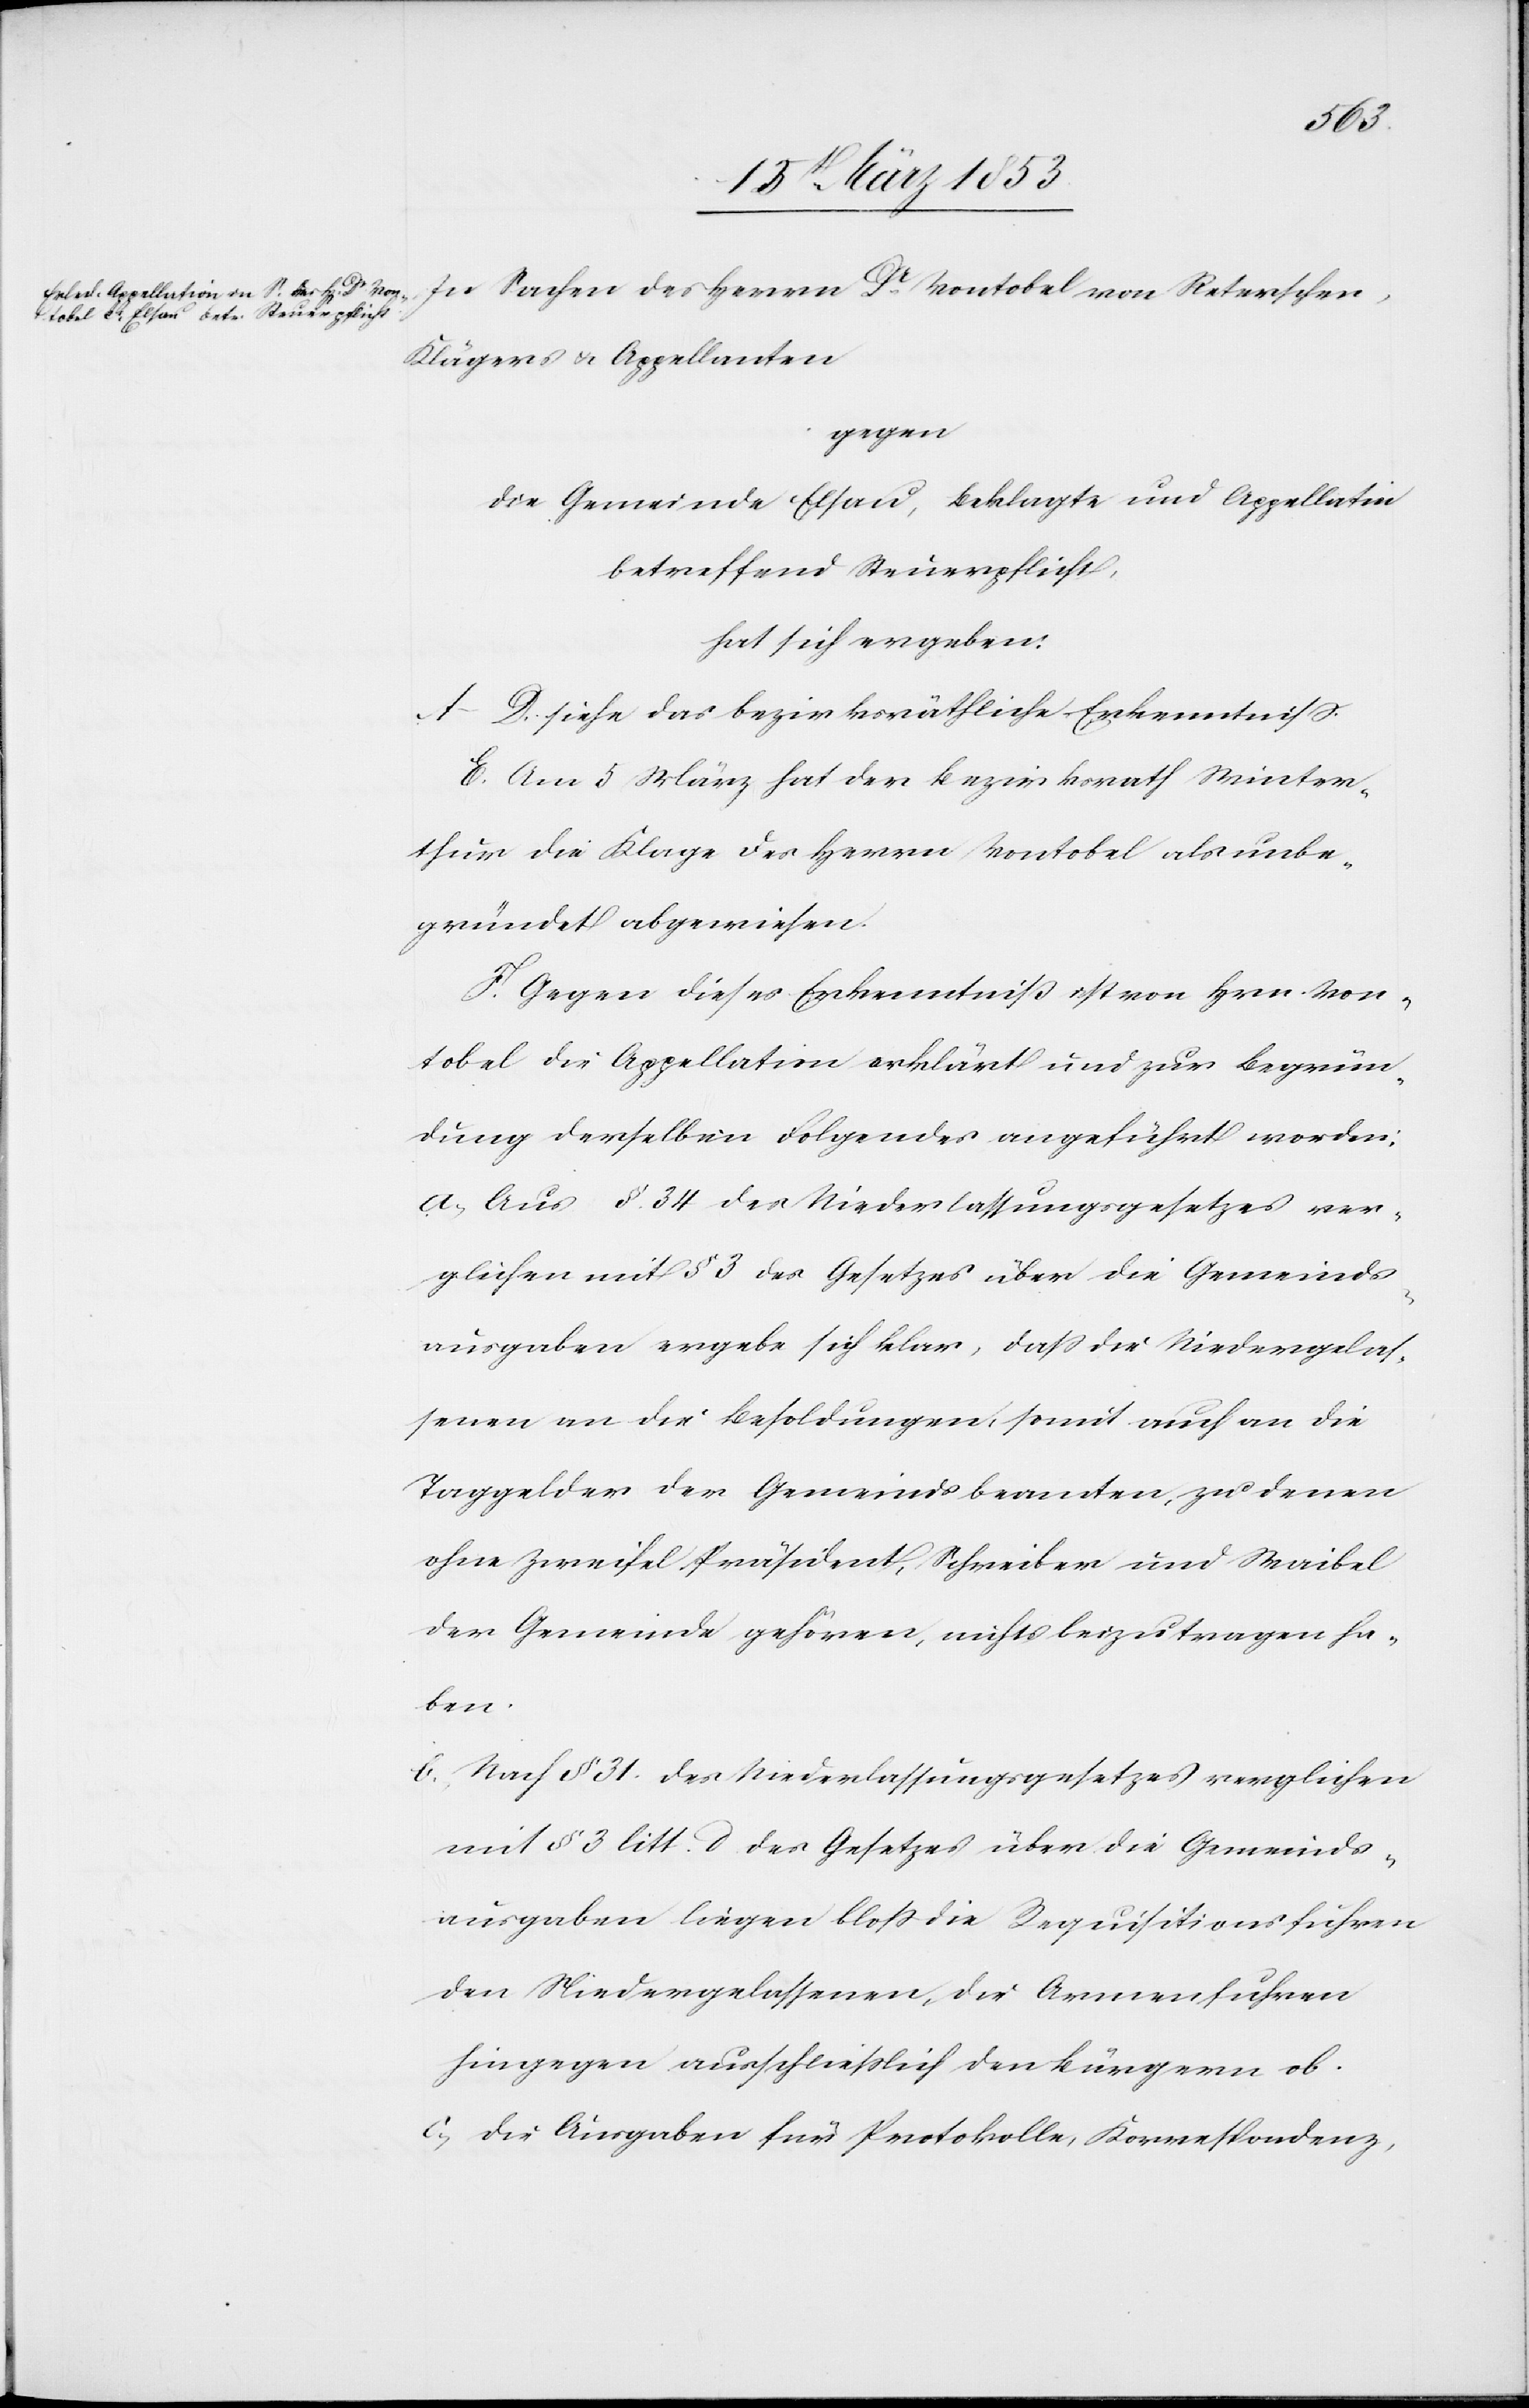
In Sachen des Herrn Dr. Vontobel von Reterschen,
Klägers u. Appellanten
gegen
die Gemeinde Elsau, Beklagte und Appellatin
betreffend Steuerpflicht,
hat sich ergeben:
A–D. siehe das bezirksräthliche Erkenntniß.
E. Am 5 März hat der Bezirksrath Winter¬
thur die Klage des Herrn Vontobel als unbe¬
gründet abgewiesen.
F. Gegen dieses Erkenntniß ist von Hrn. Von¬
tobel die Appellation erklärt und zur Begrün¬
dung derselben Folgendes angeführt worden:
a) Aus § 34 des Niederlassungsgesetzes ver¬
glichen mit § 3 des Gesetzes über die Gemeinds¬
ausgaben ergebe sich klar, daß die Niedergelas¬
senen an die Besoldungen, somit auch an die
Taggelder der Gemeindsbeamten, zu denen
ohne Zweifel Präsident Schreiber und Waibel
der Gemeinde gehören, nichts beizutragen ha¬
ben.
b) Nach § 31 des Niederlassungsgesetzes verglichen
mit § 3 litt. d des Gesetzes über die Gemeinds¬
ausgaben liegen bloß die Requisitionsfuhren
den Niedergelassenen, die Armenfuhren
hingegen ausschließlich den Bürgern ob.
c) Die Ausgaben für Protokolle, Korrespondenz,